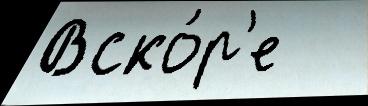
Вско́р'е